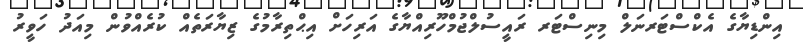
އިންޑިޔާގެ އެކްސްޓަރނަލް މިނިސްޓަރ ރައީސުލްޖުމްހޫރިއްޔާގެ އަރިހަށް އިޙްތިރާމުގެ ޒިޔާރަތެއް ކުރެއްވުން މިއަދު ހަވީރު